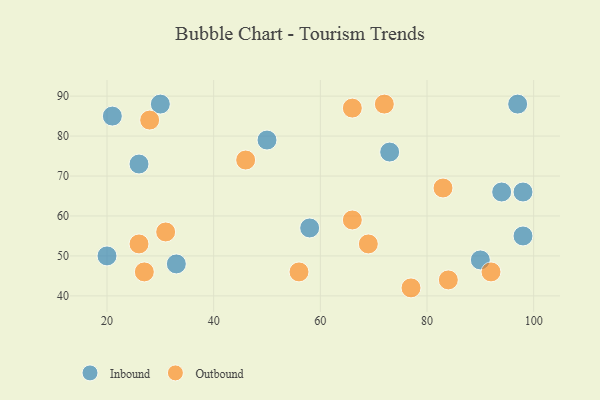
{"axis": {"x": "GDP", "y": "Life Expectancy"}, "legend": ["Inbound", "Outbound"], "data": [{"x": "21", "y": 85, "type": "Inbound"}, {"x": "30", "y": 88, "type": "Inbound"}, {"x": "90", "y": 49, "type": "Inbound"}, {"x": "73", "y": 76, "type": "Inbound"}, {"x": "20", "y": 50, "type": "Inbound"}, {"x": "98", "y": 55, "type": "Inbound"}, {"x": "50", "y": 79, "type": "Inbound"}, {"x": "97", "y": 88, "type": "Inbound"}, {"x": "33", "y": 48, "type": "Inbound"}, {"x": "58", "y": 57, "type": "Inbound"}, {"x": "94", "y": 66, "type": "Inbound"}, {"x": "26", "y": 73, "type": "Inbound"}, {"x": "98", "y": 66, "type": "Inbound"}, {"x": "26", "y": 53, "type": "Outbound"}, {"x": "46", "y": 74, "type": "Outbound"}, {"x": "83", "y": 67, "type": "Outbound"}, {"x": "72", "y": 88, "type": "Outbound"}, {"x": "92", "y": 46, "type": "Outbound"}, {"x": "69", "y": 53, "type": "Outbound"}, {"x": "66", "y": 87, "type": "Outbound"}, {"x": "28", "y": 84, "type": "Outbound"}, {"x": "84", "y": 44, "type": "Outbound"}, {"x": "66", "y": 59, "type": "Outbound"}, {"x": "56", "y": 46, "type": "Outbound"}, {"x": "31", "y": 56, "type": "Outbound"}, {"x": "27", "y": 46, "type": "Outbound"}, {"x": "77", "y": 42, "type": "Outbound"}]}